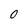
Character: 0